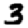
Digit: 3